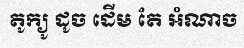
តូក្យូ ដូច ដើម តែ អំណាច